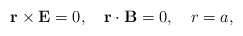
\begin{align*}{\mathbf{r}}\times {\mathbf{E}} =0,\quad {\mathbf{r}}\cdot {\mathbf{B}}=0,\quad r=a,\end{align*}